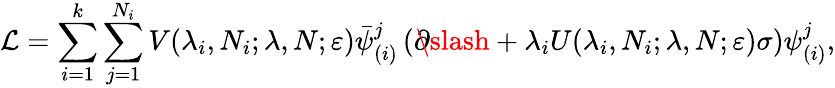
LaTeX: \mathcal{L}=\sum_{i=1}^{k}\sum_{j=1}^{N_{i}}V(\lambda_{i},N_{i};\lambda,N;\varepsilon)\bar{\psi}_{(i)}^{j}\left(\partial\! \! \! \slash+\lambda_{i}U(\lambda_{i},N_{i};\lambda,N;\varepsilon)\sigma\right)\psi_{(i)}^{j},